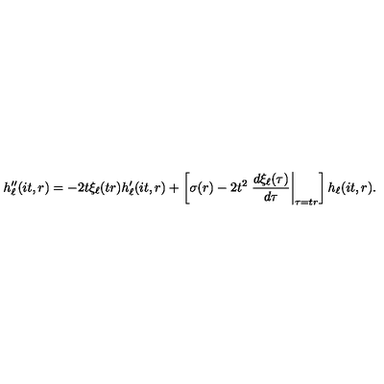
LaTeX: h _ { \ell } ^ { \prime \prime } ( i t , r ) = - 2 t \xi _ { \ell } ( t r ) h _ { \ell } ^ { \prime } ( i t , r ) + \left[ \sigma ( r ) - 2 t ^ { 2 } \left. \frac { d \xi _ { \ell } ( \tau ) } { d \tau } \right| _ { \tau = t r } \right] h _ { \ell } ( i t , r ) .